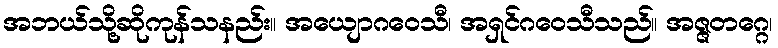
အဘယ်သို့ဆိုကုန်သနည်း။ အယျောဂဝေသီ၊ အရှင်ဂဝေသီသည်။ အဇ္ဇတဂ္ဂေ၊